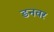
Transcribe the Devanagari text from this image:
डनवर